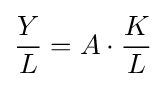
{\frac {Y}{L}}=A\cdot {\frac {K}{L}}